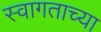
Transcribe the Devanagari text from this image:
स्वागताच्या